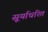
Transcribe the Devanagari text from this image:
सूर्याधरित